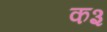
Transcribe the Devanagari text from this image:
क३